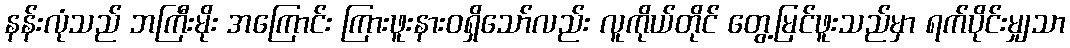
နန်းလုံသည် ဘကြီးမိုး အကြောင်း ကြားဖူးနားဝရှိသော်လည်း လူကိုယ်တိုင် တွေ့မြင်ဖူးသည်မှာ ရက်ပိုင်းမျှသာ